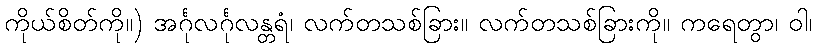
ကိုယ်စိတ်ကို။) အင်္ဂုလင်္ဂုလန္တရံ၊ လက်တသစ်ခြား။ လက်တသစ်ခြားကို။ ကရေတွာ၊ ဝါ၊